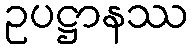
ဥပဋ္ဌာနဿ